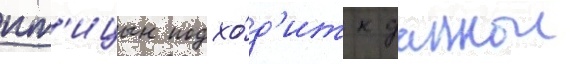
пт'ицын подхо́д'ит к даннои